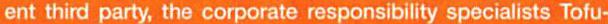
ent third party, the corporate responsibility specialists Tofu